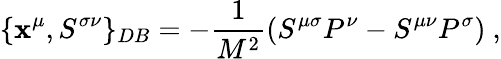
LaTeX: \{ \mathbf{x}^{\mu},S^{\sigma\nu}\} _{DB}=-\frac{{1}}{{M^{2}}}(S^{\mu\sigma}P^{\nu}-S^{\mu\nu}P^{\sigma})~,